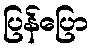
ပြန်ပြော